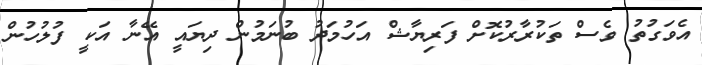
އެވަގުތު ވެސް ތަކުރާރުކޮށް ފަރިޔާޝް އަހުމަދު ބުނަމުން ދިޔައީ އޭނާ އަކީ ފުލުހުން